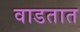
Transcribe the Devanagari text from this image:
वाडतात